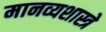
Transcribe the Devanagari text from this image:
मानव्यशास्त्रे